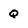
Character: Q